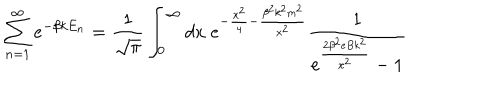
\sum _ { n = 1 } ^ { \infty } e ^ { - \beta k E _ { n } } = \frac { 1 } { \sqrt { \pi } } \int _ { 0 } ^ { \infty } d x \; e ^ { - \frac { x ^ { 2 } } { 4 } - \frac { \beta ^ { 2 } k ^ { 2 } m ^ { 2 } } { x ^ { 2 } } } \frac { 1 } { e ^ { \frac { 2 \beta ^ { 2 } e B k ^ { 2 } } { x ^ { 2 } } } - 1 }